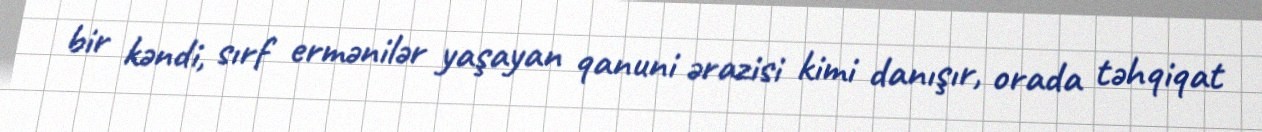
bir kəndi, sırf ermənilər yaşayan qanuni ərazisi kimi danışır, orada təhqiqat